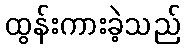
ထွန်းကားခဲ့သည်